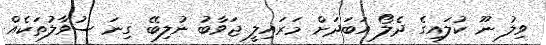
ވިލު ނޫ ކުލައިގެ ދެލޯ އަބަދަށް މަރައިލީ ޖަވާބު ނުލިބޭ ގިނަ ސުވާލުތަކެއް